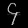
Digit: ၄